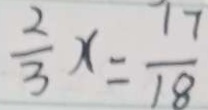
\frac { 2 } { 3 } x = \frac { 7 7 } { 1 8 }